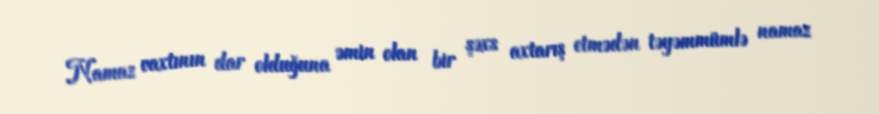
Namaz vaxtının dar olduğuna əmin olan bir şəxs axtarış etmədən təyəmmümlə namaz